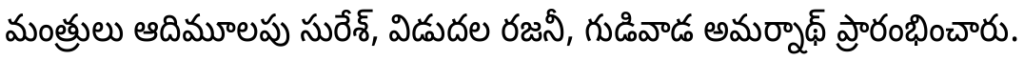
మంత్రులు ఆదిమూలపు సురేశ్, విడుదల రజనీ, గుడివాడ అమర్నాథ్ ప్రారంభించారు.